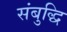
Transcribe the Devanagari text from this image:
संबुद्धि